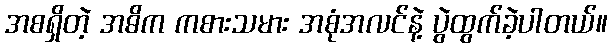
အစရှိတဲ့ အဓိက ကစားသမား အစုံအလင်နဲ့ ပွဲထွက်ခဲ့ပါတယ်။